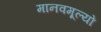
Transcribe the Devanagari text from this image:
मानवमूल्यों